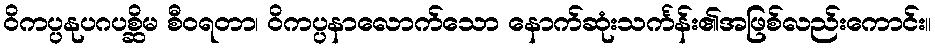
ဝိကပ္ပနုပဂပစ္ဆိမ စီဝရတာ၊ ဝိကပ္ပနာလောက်သော နောက်ဆုံးသင်္ကန်း၏အဖြစ်လည်းကောင်း။